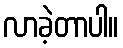
လာခဲ့တာပါ။